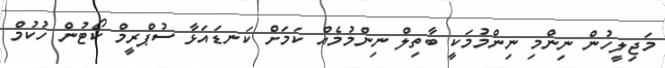
މަޖިލީހުން ނިންމި ނިންމުމަކީ ބާތިލް ނިންމުމެއް ކަމަށް ކަނޑައަޅާ ސުޕްރީމް ކޯޓުން ހުކުމް